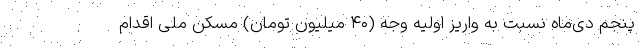
پنجم دی‌ماه نسبت به واریز اولیه وجه (۴۰ میلیون تومان) مسکن ملی اقدام